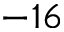
- 1 6